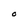
Character: O